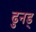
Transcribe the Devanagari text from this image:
ढुनड्